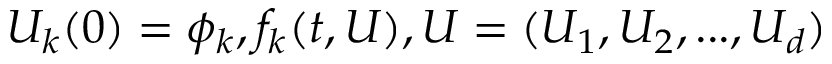
U _ { k } ( 0 ) = \phi _ { k } , f _ { k } ( t , U ) , U = ( U _ { 1 } , U _ { 2 } , . . . , U _ { d } )